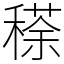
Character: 䅷